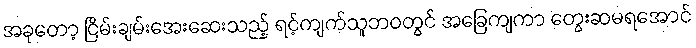
အခုတော့ ငြိမ်းချမ်းအေးဆေးသည့် ရင့်ကျက်သူဘဝတွင် အခြေကျကာ တွေးဆမရအောင်